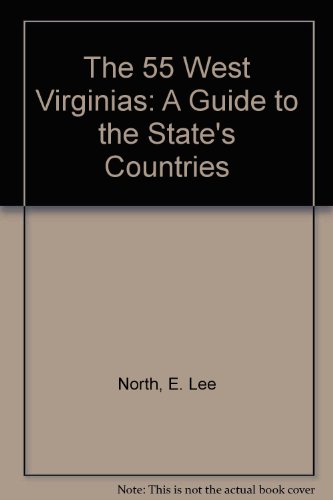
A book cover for The 55 West Virginias: A Guide to the State's Countries; E. Lee North; Travel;